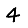
Digit: 4